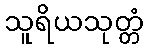
သူရိယသုတ္တံ